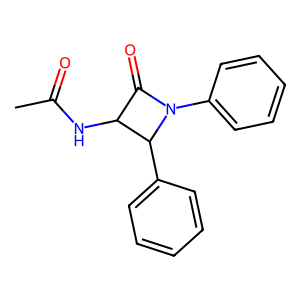
SMILES: CC(=O)NC1C(=O)N(c2ccccc2)C1c1ccccc1
Inhibits HIV replication: No